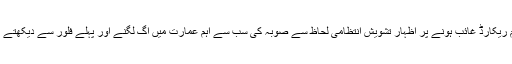
کراچی،جماعت اسلامی سندھ کے رہنامء ممتاز حسین سہتو کا سیکریٹریٹ میں آتشزدگی اور اہم ریکارڈ غائب ہونے پر اظہار تشویش انتظامی لحاظ سے صوبہ کی سب سے اہم عمارت میں آگ لگنے اور پہلے فلور سے دیکھتے ہی دیکھتے ساتویں منزل تک کو آگ کا اپنی لپیٹ میں لینا حکومتی نا اہلی کا واضح ثبوت ہے ۔